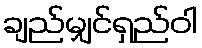
ချည်မျှင်ရှည်ဝါ